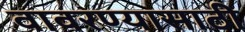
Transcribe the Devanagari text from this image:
वावरण्यासाठी